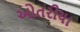
ઓતરીયા